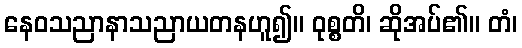
နေဝသညာနာသညာယတနဟူ၍။ ဝုစ္စတိ၊ ဆိုအပ်၏။ တံ၊